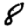
Digit: 8